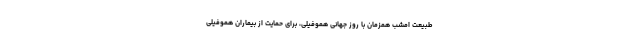
طبیعت امشب همزمان با روز جهانی هموفیلی، برای حمایت از بیماران هموفیلی